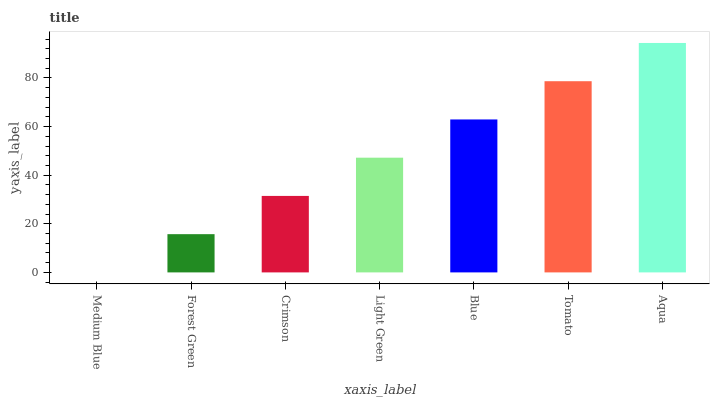
| xaxis_label | bars |
 | --- | --- |
 | Medium Blue | 0 |
 | Forest Green | 15.7 |
 | Crimson | 31.5 |
 | Light Green | 47.2 |
 | Blue | 62.9 |
 | Tomato | 78.7 |
 | Aqua | 94.4 |